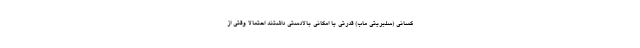
کسانی (سلبریتی ماب) قدرتی یا امکانی بالادستی داشتند احتمالا وقتی از